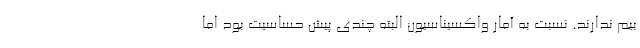
بیم ندارند. نسبت به آمار واکسیناسیون البته چندی پیش حساسیت بود اما